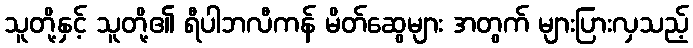
သူတို့နှင့် သူတို့၏ ရီပါဘလီကန် မိတ်ဆွေများ အတွက် များပြားလှသည့်